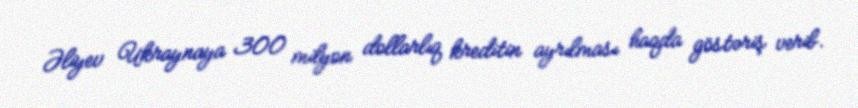
Əliyev Ukraynaya 300 milyon dollarlıq kreditin ayrılması haqda göstəriş verib.